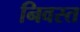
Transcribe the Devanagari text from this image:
निवस्त